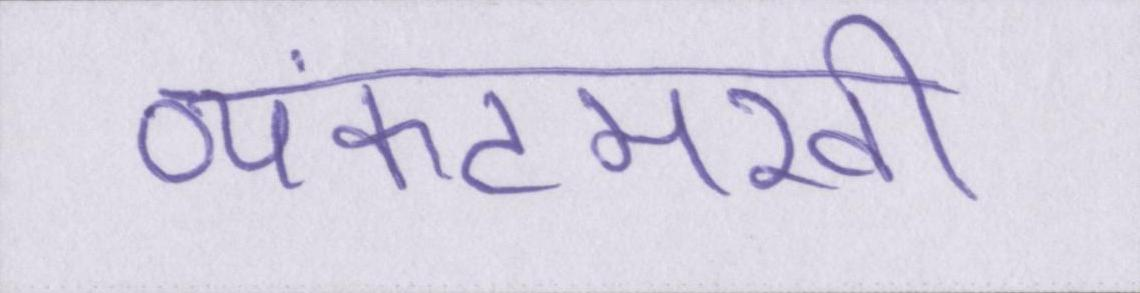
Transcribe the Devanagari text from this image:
व्यंकटमखी